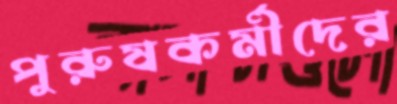
পুরুষকর্মীদের